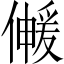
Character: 𫣰